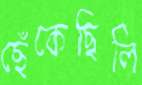
ছেঁকেছিলি